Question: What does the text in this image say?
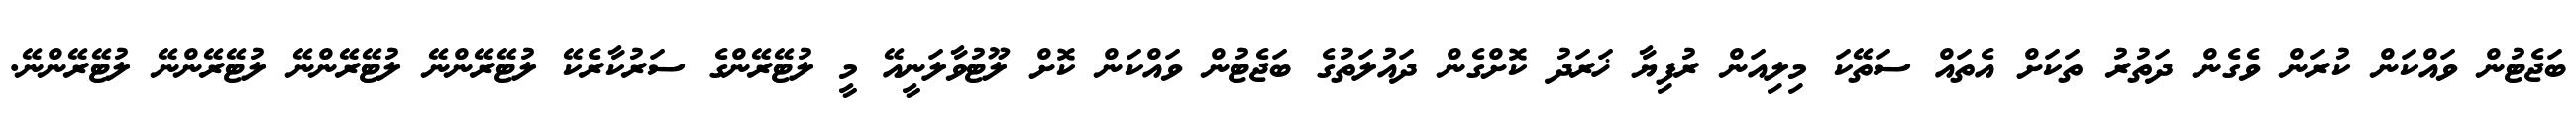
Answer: ބަޖެޓުން ވައްކަން ކުރަން ވެގެން ދަތުރު ތަކަށް އެތައް ސަތޭކަ މިލިއަން ރުފިޔާ ޚަރަދު ކޮށްގެން ދައުލަތުގެ ބަޖެޓުން ވައްކަން ކޮށް ލޫޓުވާލަނީއޭ މީ ލުޓޭރޭންގެ ސަރުކާރެކޭ ލުޓޭރޭންނޭ ލުޓޭރޭންނޭ ލުޓޭރޭންނޭ ލުޓޭރޭންނޭ.